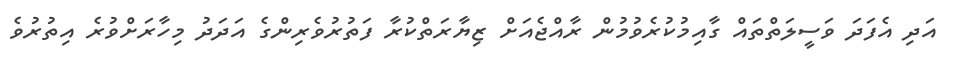
އަދި އެފަދަ ވަސީލަތްތައް ގާއިމުކުރެވުމުން ރާއްޖެއަށް ޒިޔާރަތްކުރާ ފަތުރުވެރިންގެ އަދަދު މިހާރަށްވުރެ އިތުރުވެ